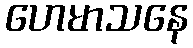
ဟေမာသနေ